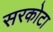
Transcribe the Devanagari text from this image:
सरकोटा